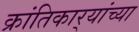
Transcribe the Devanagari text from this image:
क्रांतिकार्‍यांच्या